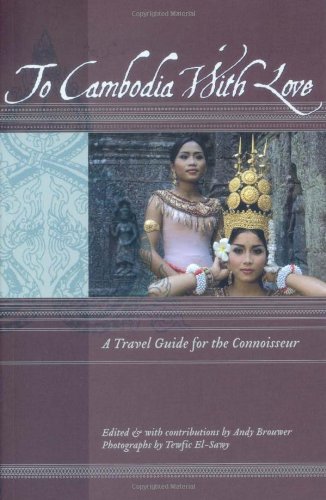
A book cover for To Cambodia with Love (To Asia with Love); Twefic El-Sawy; Travel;